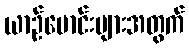
ယာဉ်မောင်းများအတွက်